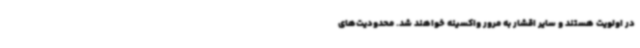
در اولویت هستند و سایر اقشار به مرور واکسینه خواهند شد. محدودیت‌های